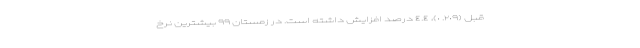
قبل (٢٠٩. ٠)، ٤.٤ درصد افزایش داشته است. در زمستان ۹۹ بیشترین نرخ